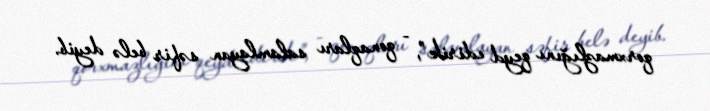
qorxmazlığını qeyd edirik", - qonaqları salamlayan səfir belə deyib.